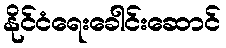
နိုင်ငံရေးခေါင်းဆောင်